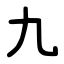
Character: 九